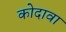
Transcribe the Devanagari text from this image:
कोदावा